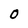
Character: O